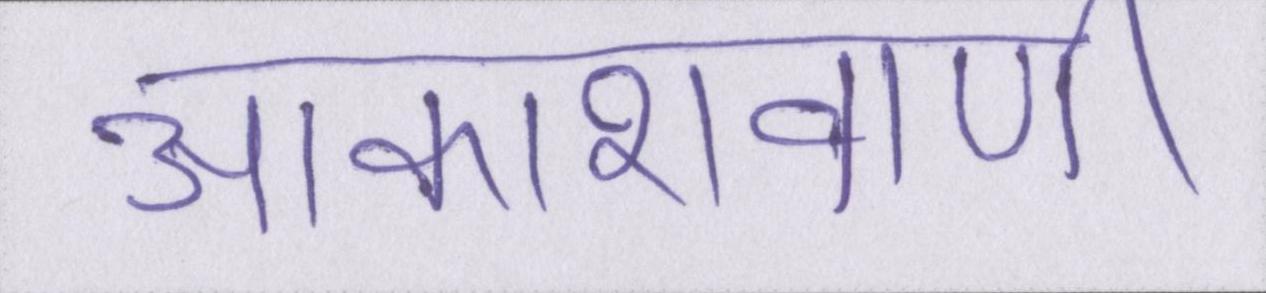
आकाशवाणी